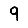
Digit: 9